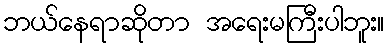
ဘယ်နေရာဆိုတာ အရေးမကြီးပါဘူး။